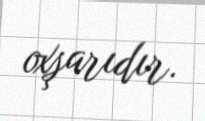
oxşarıdır.